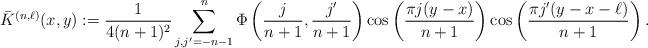
LaTeX: \begin{align*} \bar K^{(n,\ell)}({x,y}):=\frac{1}{4(n+1)^2}\sum_{j,j'=-n-1}^n \Phi\left(\frac{j}{n+1}, \frac{j'}{n+1}\right) \cos\left(\frac{\pi j(y-x)}{n+1}\right) \cos\left(\frac{\pi j'(y-x-\ell)}{n+1}\right).\end{align*}